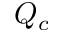
Q _ { c }